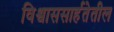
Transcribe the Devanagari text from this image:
विश्वाससार्हतेतील